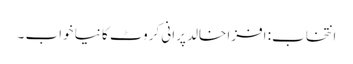
انتخاب: افزا خالد پرانی کروٹ کا نیا خواب ۔